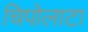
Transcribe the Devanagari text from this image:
चिपोलाटा